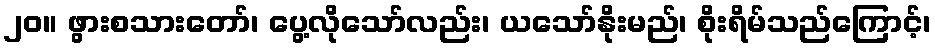
၂၀။ ဖွားစသားတော်၊ ပွေ့လိုသော်လည်း၊ ယသော်နိုးမည်၊ စိုးရိမ်သည်ကြောင့်၊